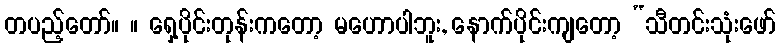
တပည့်တော်။ ။ ရှေ့ပိုင်းတုန်းကတော့ မဟောပါဘူး, နောက်ပိုင်းကျတော့ “သီတင်းသုံးဖော်